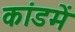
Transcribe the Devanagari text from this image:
कांडमें